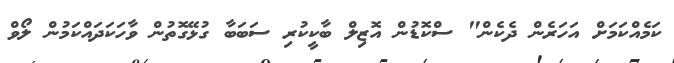
ކަމެއްކަމަށް އަހަރެން ދެކެން" ސްކޮޑުން އޮޒިލް ބާކީކުރި ސަބަބާ ގުޅޭގޮތުން ވާހަކަދައްކަމުން ލޯވް